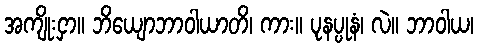
အကျိုးငှာ။ ဘိယျောဘာဝါယာတိ၊ ကား။ ပုနပ္ပုနံ၊ လဲ။ ဘာဝါယ၊